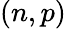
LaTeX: (n,p)